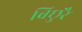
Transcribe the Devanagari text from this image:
बिछुरै